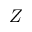
Z